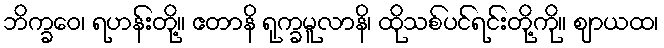
ဘိက္ခဝေ၊ ရဟန်းတို့။ ဧတာနိ ရုက္ခမူလာနိ၊ ထိုသစ်ပင်ရင်းတို့ကို။ ဈာယထ၊